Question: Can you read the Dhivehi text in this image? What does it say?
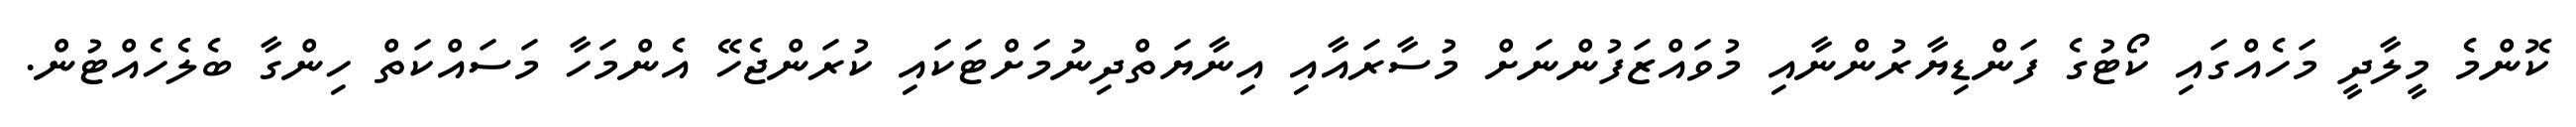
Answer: ކޮންމެ މީލާދީ މަހެއްގައި ކޯޓުގެ ފަންޑިޔާރުންނާއި މުވައްޒަފުންނަށް މުސާރައާއި އިނާޔަތްދިނުމަށްޓަކައި ކުރަންޖެހޭ އެންމަހާ މަސައްކަތް ހިންގާ ބެލެހެއްޓުން.